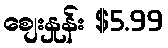
စျေးနှုန်း $5.99